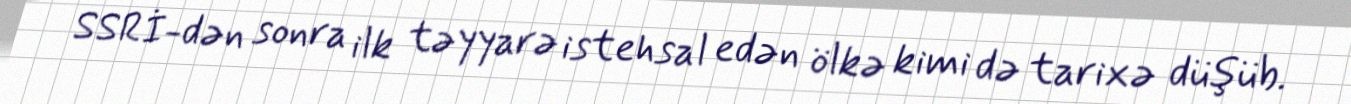
SSRİ-dən sonra ilk təyyarə istehsal edən ölkə kimi də tarixə düşüb.